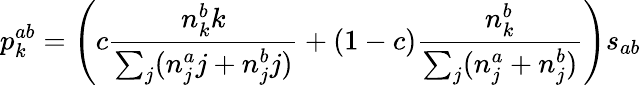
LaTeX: p_{k}^{ab}=\left(c\frac{n_{k}^{b}k}{\sum_{j}(n_{j}^{a}j+n_{j}^{b}j)}+(1-c)\frac{n_{k}^{b}}{\sum_{j}(n_{j}^{a}+n_{j}^{b})}\right)s_{ab}